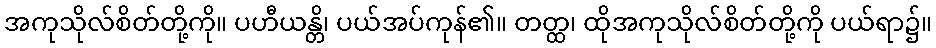
အကုသိုလ်စိတ်တို့ကို။ ပဟီယန္တိ၊ ပယ်အပ်ကုန်၏။ တတ္ထ၊ ထိုအကုသိုလ်စိတ်တို့ကို ပယ်ရာ၌။